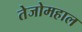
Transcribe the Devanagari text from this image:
तेजोमहाल